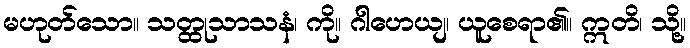
မဟုတ်သော။ သတ္ထုသာသနံ၊ ကို။ ဂါဟေယျ၊ ယူစေရာ၏။ ဣတိ၊ သို့။